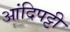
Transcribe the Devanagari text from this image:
आंदिपट्टी